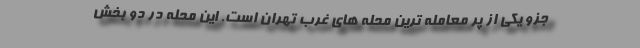
جزو یکی از پر معامله ترین محله های غرب تهران است. این محله در دو بخش